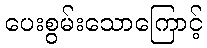
ပေးစွမ်းသောကြောင့်